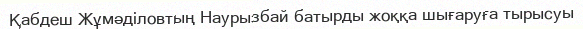
Қабдеш Жұмәділовтың Наурызбай батырды жоққа шығаруға тырысуы